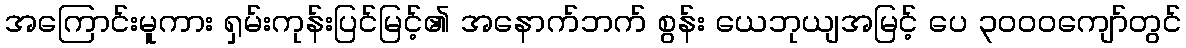
အကြောင်းမူကား ရှမ်းကုန်းပြင်မြင့်၏ အနောက်ဘက် စွန်း ယေဘုယျအမြင့် ပေ ၃၀၀၀ကျော်တွင်